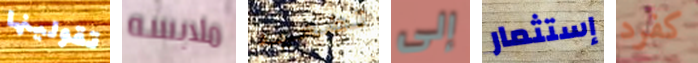
تقولينها ملابسه تضعيه إلى إستثمار كفرد